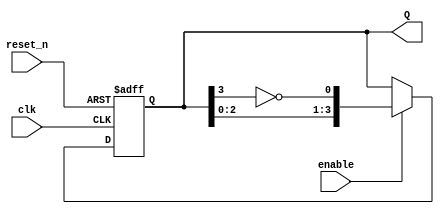
module johnson_counter (
    input wire clk,       // Clock input
    input wire reset_n,   // Active-low asynchronous reset
    input wire enable,    // Enable signal
    output reg [3:0] Q    // 4-bit output representing the counter state
);

// Always block triggered on the rising edge of the clock or the falling edge of reset
always @(posedge clk or negedge reset_n) begin
    if (!reset_n) begin
        // Asynchronous reset to 0000
        Q <= 4'b0000;
    end else if (enable) begin
        // Johnson counter logic
        Q <= {Q[2:0], ~Q[3]}; // Shift and feed back the inverted last bit
    end
end

endmodule